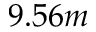
9 . 5 6 m